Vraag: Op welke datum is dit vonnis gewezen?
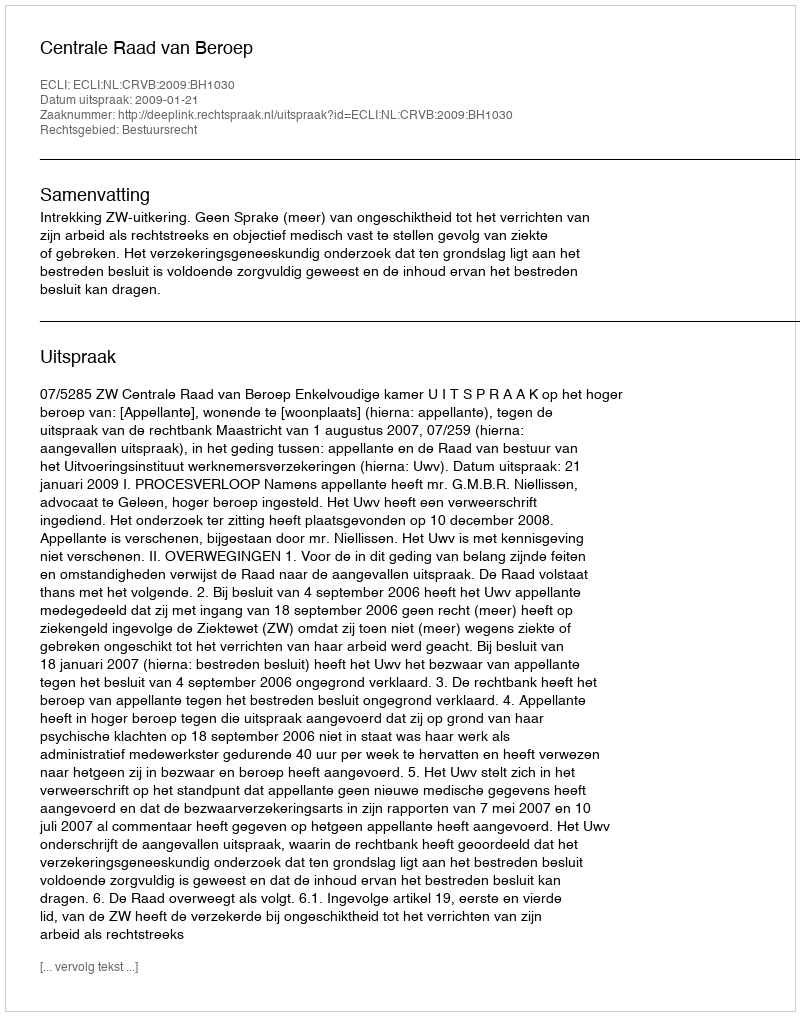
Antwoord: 2009-01-21